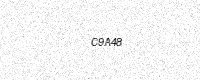
Text: C9A48